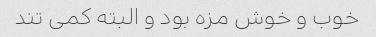
خوب و خوش مزه بود و البته کمی تند